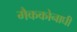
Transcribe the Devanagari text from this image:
मैककोनाघी